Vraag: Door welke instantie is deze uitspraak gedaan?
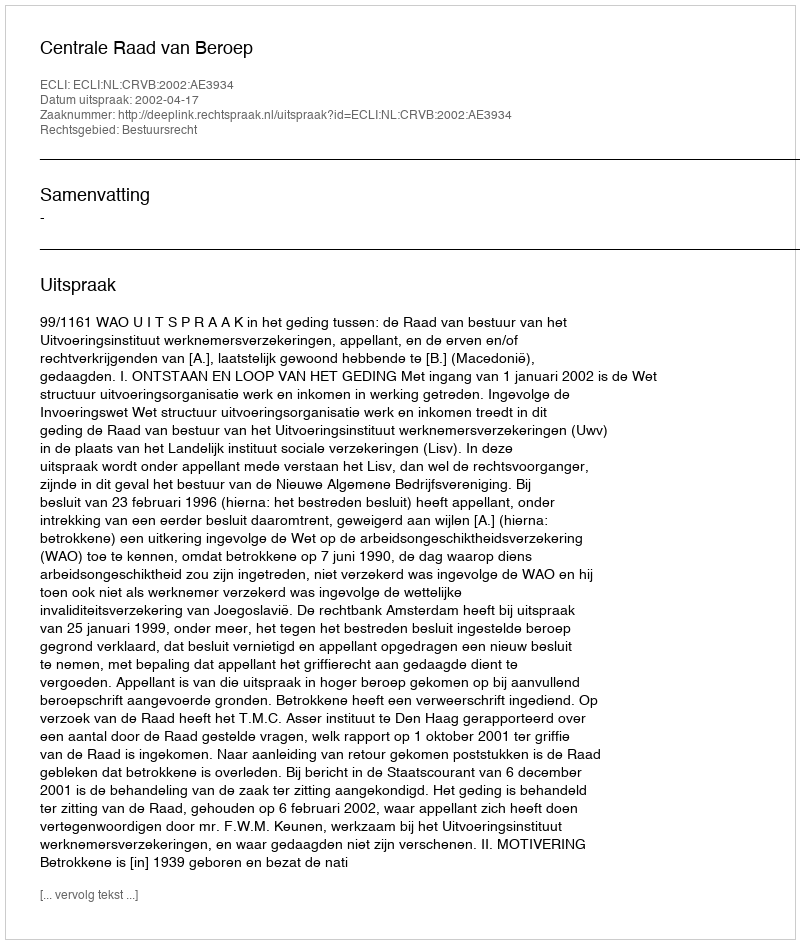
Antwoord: Centrale Raad van Beroep